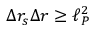
\Delta r _ { s } \Delta r \geq \ell _ { P } ^ { 2 }